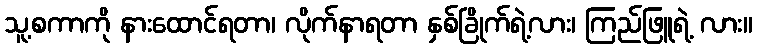
သူ့စကာကို နားထောင်ရတာ၊ လိုက်နာရတာ နှစ်ခြိုက်ရဲ့လား၊ ကြည်ဖြူရဲ့ လား။